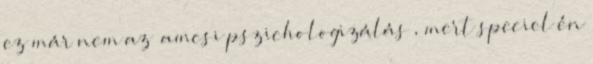
ez már nem az “amcsi pszichologizálás”, mert speciel én